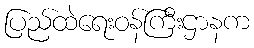
ပြည်ထဲရေးဝန်ကြီးဌာနက